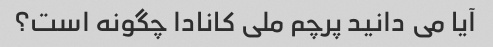
آیا می دانید پرچم ملی کانادا چگونه است؟